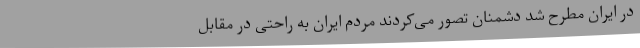
در ایران مطرح شد دشمنان تصور می‌کردند مردم ایران به راحتی در مقابل